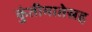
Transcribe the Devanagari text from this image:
कुंतीमातेसह